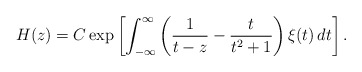
\begin{align*}H(z) = C\exp \left[ \int_{-\infty}^{\infty} \left(\frac{1}{t-z}-\frac{t}{t^2+1}\right)\xi(t)\, dt \right] .\end{align*}